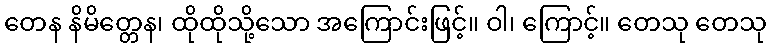
တေန နိမိတ္တေန၊ ထိုထိုသို့သော အကြောင်းဖြင့်။ ဝါ၊ ကြောင့်။ တေသု တေသု